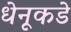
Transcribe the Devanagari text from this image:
धेनूकडे